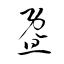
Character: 曁